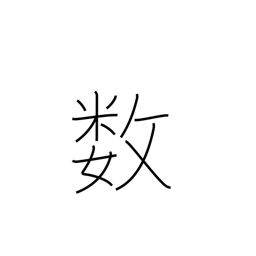
Meaning: fate